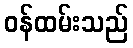
ဝန်ထမ်းသည်